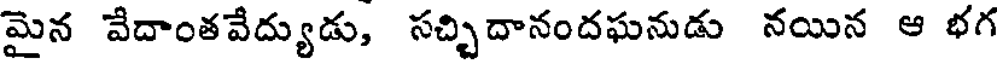
మైన వేదాంతవేద్యుడు, సచ్చిదానందఘనుడు నయిన ఆ భగ